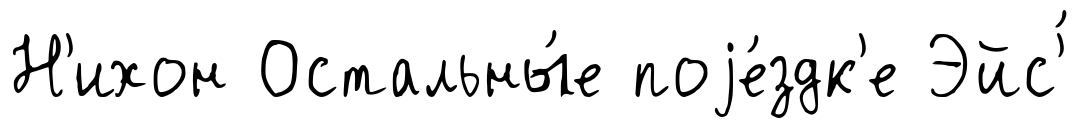
Н'ихон Остальны́е поjе́здк'е Эйс'́